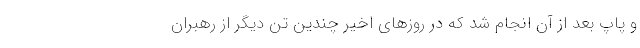
و پاپ بعد از آن انجام شد که در روز‌های اخیر چندین تن دیگر از رهبران